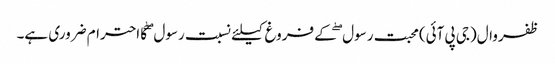
ظفروال(جی پی آئی)محبت رسول ۖ کے فروغ کیلئے نسبت رسول ۖ کا احترام ضروری ہے۔